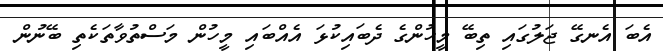
އެބަ އެނގޭ ޖަލުގައި ތިބޭ މީހުންގެ ދެބައިކުޅަ އެއްބައި މީހުން މަސްތުވާތަކެތި ބޭނުން